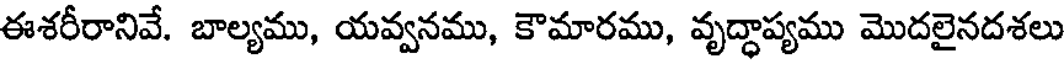
ఈశరీరానివే. బాల్యము, యవ్వనము, కౌమారము, వృద్ధాప్యము మొదలైనదశలు